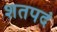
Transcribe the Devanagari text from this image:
शतपदं